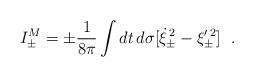
LaTeX: \begin{align*}I^M_{\pm}= \pm{1\over 8\pi} \int dt \, d\sigma[ \dot{\xi}_\pm^{\,2} - \xi'^{\,2}_\pm] ~~.\end{align*}